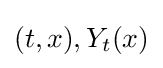
(t,x),Y_{t}(x)